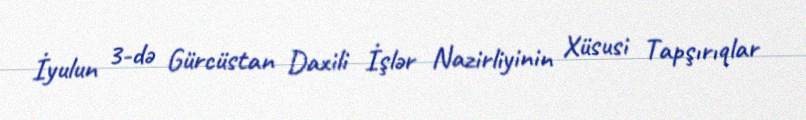
İyulun 3-də Gürcüstan Daxili İşlər Nazirliyinin Xüsusi Tapşırıqlar